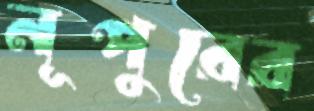
নূপুরের